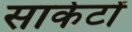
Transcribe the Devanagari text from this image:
साकेटों